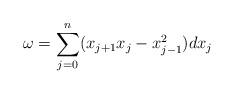
LaTeX: \begin{align*}\omega = \sum_{j=0}^n (x_{j+1}x_j -x_{j-1}^2) dx_j\end{align*}